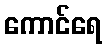
ကောင်ရေ